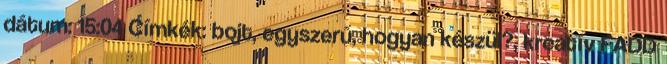
dátum: 15:04 Címkék: bojt, egyszerű, hogyan készül?, kreatív FADD